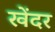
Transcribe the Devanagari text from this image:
खेंदर